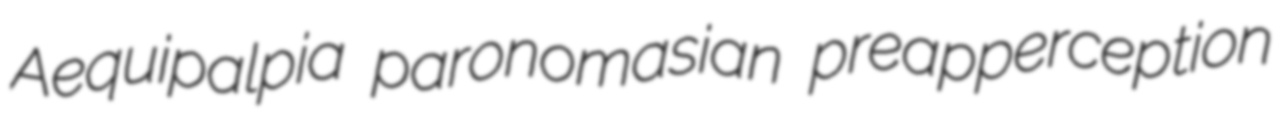
Aequipalpia paronomasian preapperception